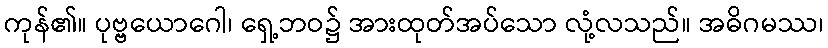
ကုန်၏။ ပုဗ္ဗယောဂေါ၊ ရှေ့ဘဝ၌ အားထုတ်အပ်သော လုံ့လသည်။ အဓိဂမဿ၊